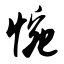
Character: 惋